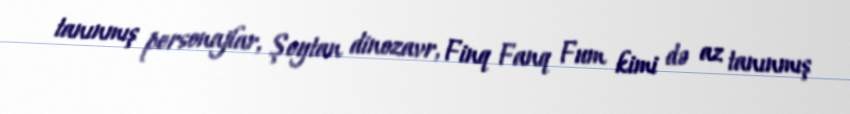
tanınmış personajlar, Şeytan dinozavr, Finq Fanq Fum kimi də az tanınmış